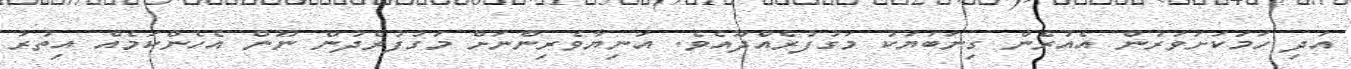
އަދި ހަމަކަށަވަރުން އެއުރެން ގިނަބަޔަކު މަގުފުރެއްދޫއެވެ. އަނިޔާވެރިންނަށް މަގުފުރެދުން ނޫން އެހެންކަމެއް އިތުރު